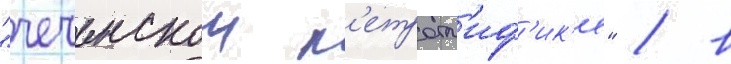
"чеченскои п'етрогл'иф'ик'е" / в